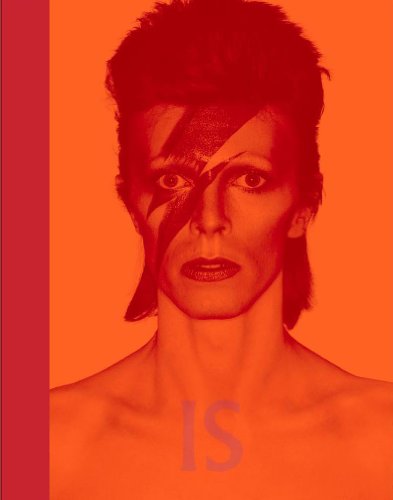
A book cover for David Bowie Is... (Museum of Contemporary Art, Chicago: Exhibition Catalogues); Humor & Entertainment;